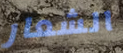
الشعار